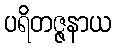
ပရိတဇ္ဇနာယ